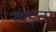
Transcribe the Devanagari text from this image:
लंड़ता